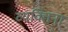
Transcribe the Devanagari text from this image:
व्यक्तिनां